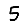
Digit: 5